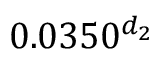
0 . 0 3 5 0 ^ { d _ { 2 } }